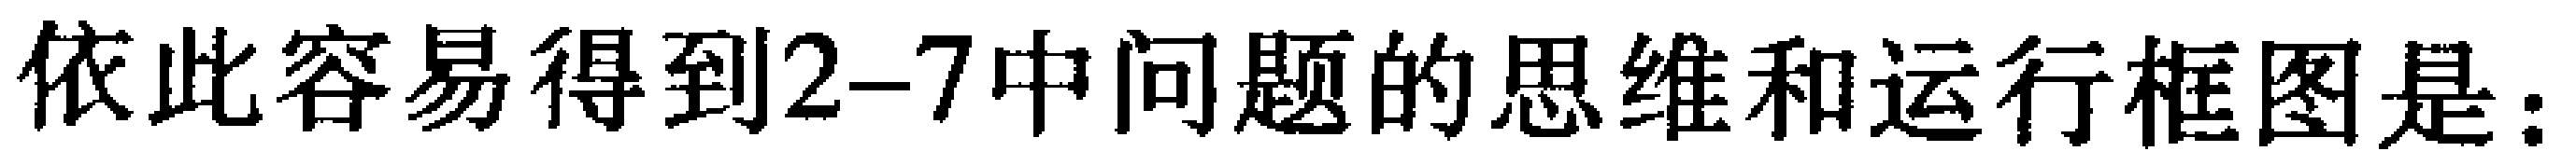
依此容易得到2--7中问题的思维和运行框图是：